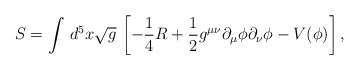
\begin{align*}S= \int \, d^5x \sqrt{g} \, \left [-\frac{1}{4}R + \frac{1}{2} g^{\mu\nu}\partial_\mu \phi \partial_\nu \phi -V(\phi) \right],\end{align*}